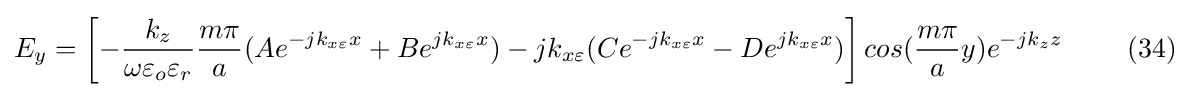
E_{y}=\left[-{\frac {k_{z}}{\omega \varepsilon _{o}\varepsilon _{r}}}{\frac {m\pi }{a}}(Ae^{-jk_{x\varepsilon }x}+Be^{jk_{x\varepsilon }x})-jk_{x\varepsilon }(Ce^{-jk_{x\varepsilon }x}-De^{jk_{x\varepsilon }x})\right]cos({\frac {m\pi }{a}}y)e^{-jk_{z}z}\ \ \ \ \ \ \ (34)